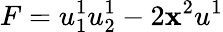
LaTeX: F=u_{1}^{1}u_{2}^{1}-2\mathbf{x}^{2}u^{1}